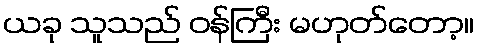
ယခု သူသည် ဝန်ကြီး မဟုတ်တော့။